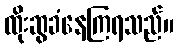
ထိုးဆွခံနေကြရသည်။